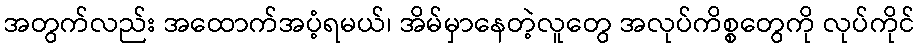
အတွက်လည်း အထောက်အပံ့ရမယ်၊ အိမ်မှာနေတဲ့လူတွေ အလုပ်ကိစ္စတွေကို လုပ်ကိုင်